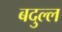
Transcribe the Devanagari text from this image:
बदुल्ल